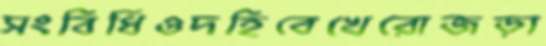
সংবিধিওদহিবেখেরোজড়া